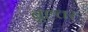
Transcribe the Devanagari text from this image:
बृह्त्तर